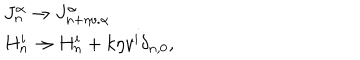
\begin{array} { l c r } { { J _ { n } ^ { \alpha } \to J _ { n + \eta v . { \alpha } } ^ { \alpha } } } \\ { { H _ { n } ^ { i } \to H _ { n } ^ { i } + k \eta v ^ { i } \delta _ { n , 0 } , } } \\ \end{array}